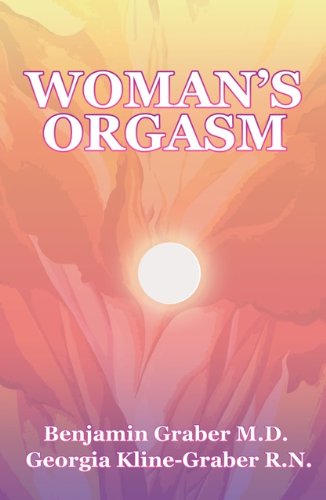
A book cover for Woman's Orgasm: A Guide to Sexual Satisfaction; Georgia Kline-Graber R.N. and Benjamin Graber M.D.; Health, Fitness & Dieting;